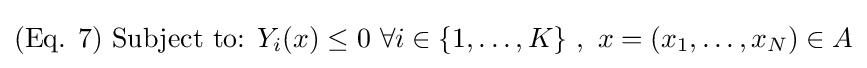
({\text{Eq. }}7){\text{ }}{\text{Subject to: }}Y_{i}(x)\leq 0{\text{ }}\forall i\in \{1,\ldots ,K\}{\text{  }},{\text{ }}x=(x_{1},\ldots ,x_{N})\in A